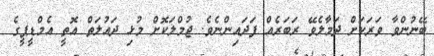
ބޭނުންވާ ވަރަކަށް ދަމާލެވޭ ރަބަރެއް ފަދައިންނެވެ. ޖުމްލަކޮށް މުޅި ދައުލަތް އޮތީ އެމްޑީޕީގެ